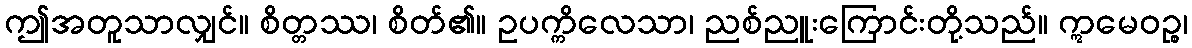
ဤအတူသာလျှင်။ စိတ္တဿ၊ စိတ်၏။ ဥပက္ကိလေသာ၊ ညစ်ညူးကြောင်းတို့သည်။ ဣမေဝဉ္စ၊